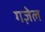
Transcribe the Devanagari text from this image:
गज़ेल